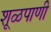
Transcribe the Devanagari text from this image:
शूळपाणी